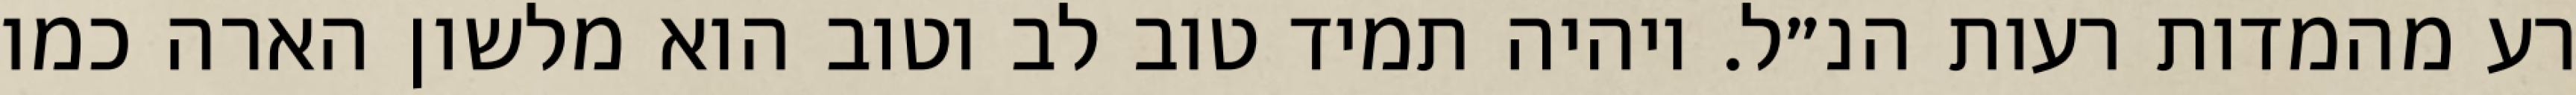
רע מהמדות רעות הנ״ל. ויהיה תמיד טוב לב וטוב הוא מלשון הארה כמו